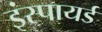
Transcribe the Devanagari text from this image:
इंस्पायर्ड